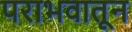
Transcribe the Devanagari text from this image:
पराभवातून